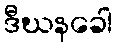
ဒီဃနခေါ